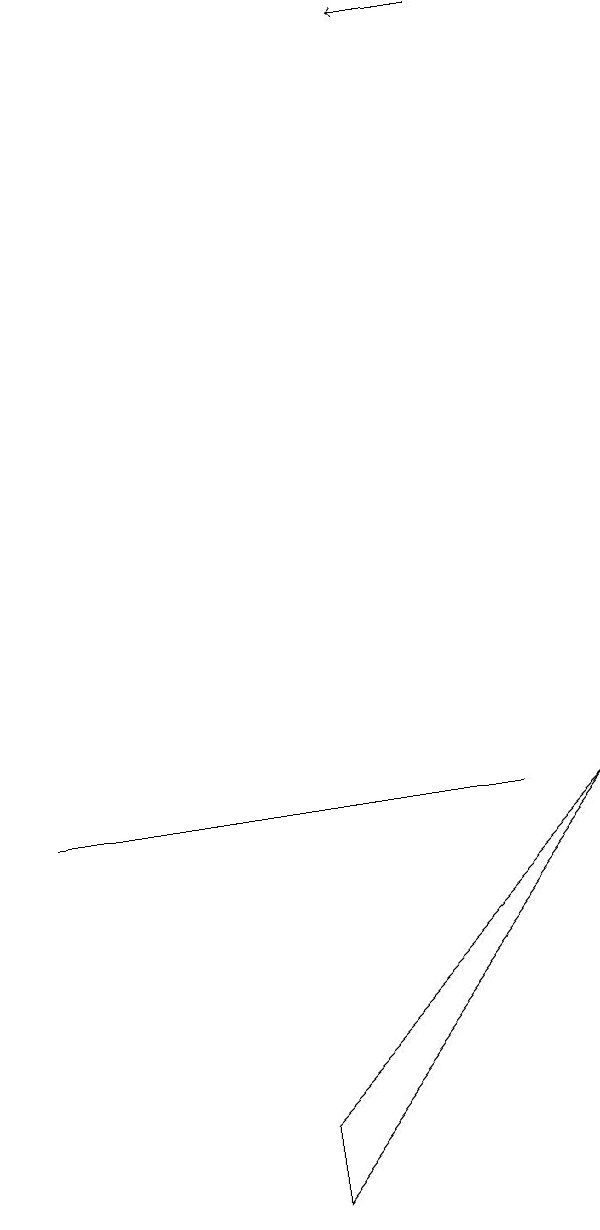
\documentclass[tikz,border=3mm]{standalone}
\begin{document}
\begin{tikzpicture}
\draw (5,1) -- (9,5) -- (5,0) -- cycle;
\draw[->] (8,15) -- (7,15);
\draw (3,5) -- (8,5) -- (2,5) -- cycle;
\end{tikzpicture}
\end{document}